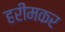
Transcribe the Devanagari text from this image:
हरीमकर